Report on the working of the Ranchi Indian Mental Hospital, Kanke, in Bihar and Orissa - 1930-1940
Year: 1930
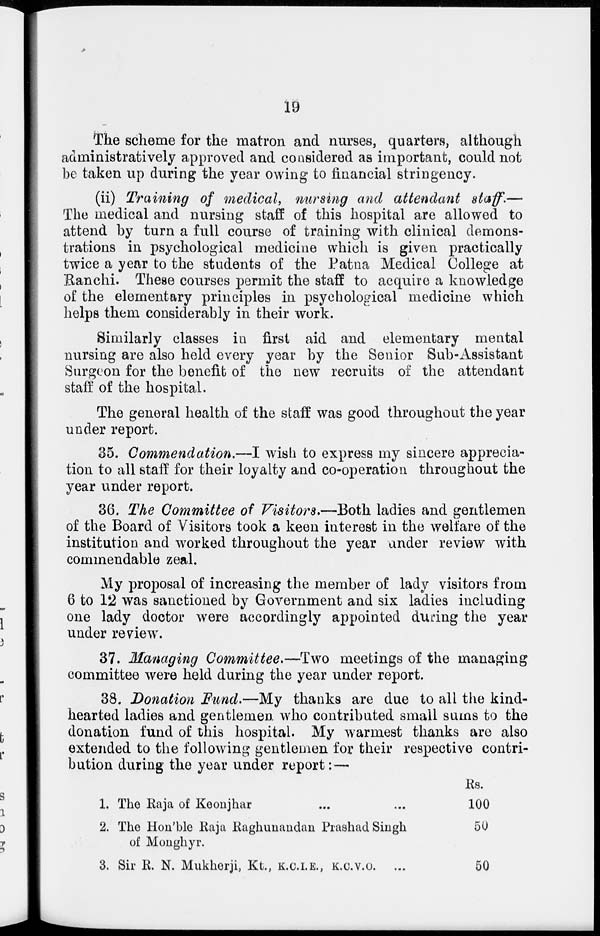
19
The scheme for the matron and nurses, quarters, although
administratively approved and considered as important, could not
be taken up during the year owing to financial stringency.
(ii) Training of medical, nursing and attendant staff.—
The medical and nursing staff of this hospital are allowed to
attend by turn a full course of training with clinical demons-
trations in psychological medicine which is given practically
twice a year to the students of the .Patna Medical College at
Ranchi. These courses permit the staff to acquire a knowledge
of the elementary principles in psychological medicine which
helps them considerably in their work.
Similarly classes in first aid and elementary mental
nursing are also held every year by the Senior Sub-Assistant
Surgeon for the benefit of the new recruits of the attendant
staff of the hospital.
The general health of the staff was good throughout the year
under report.
35. Commendation.—I wish to express my sincere apprecia-
tion to all staff for their loyalty and co-operation throughout the
year under report.
36. The Committee of Visitors.—Both ladies and gentlemen
of the Board of Visitors took a keen interest in the welfare of the
institution and worked throughout the year under review with
commendable zeal.
My proposal of increasing the member of lady visitors from
6 to 12 was sanctioned by Government and six ladies including
one lady doctor were accordingly appointed during the year
under review.
37. Managing Committee.—Two meetings of the managing
committee were held during the year under report.
38. Donation Fund.—My thanks are due to all the kind-
hearted ladies and gentlemen who contributed small sums to the
donation fund of this hospital. My warmest thanks are also
extended to the following gentlemen for their respective contri-
bution during the year under report: —
1.
2.
3.
The Raja of Keoujhar
The Hon'ble Raja Raghunandan Prashad Shigh
of Monghyr.
Sir R. N. Mukkerji, Kt., K.C.I.E., K.C.V.O. ...
Rs.
100
50
50